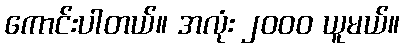
ကောင်းပါတယ်။ အလုံး ၂၀၀၀ ယူမယ်။